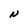
Character: N